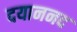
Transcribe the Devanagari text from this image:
दयाननद